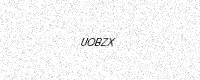
Text: UOBZX